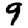
Digit: 9